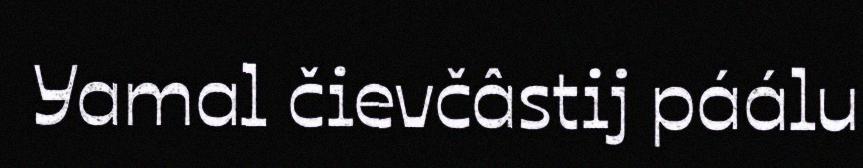
Yamal čievčâstij páálu